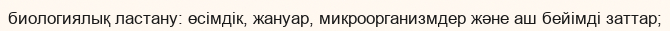
биологиялық ластану: өсімдік, жануар, микроорганизмдер және аш бейімді заттар;